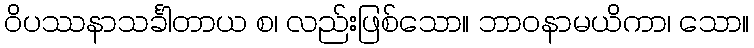
ဝိပဿနာသင်္ခါတာယ စ၊ လည်းဖြစ်သော။ ဘာဝနာမယိကာ၊ သော။